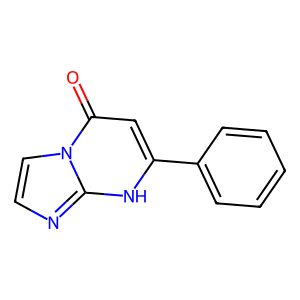
SMILES: O=c1cc(-c2ccccc2)[nH]c2nccn12
Inhibits HIV replication: No